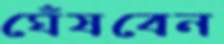
ঘেঁষবেন